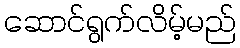
ဆောင်ရွက်လိမ့်မည်